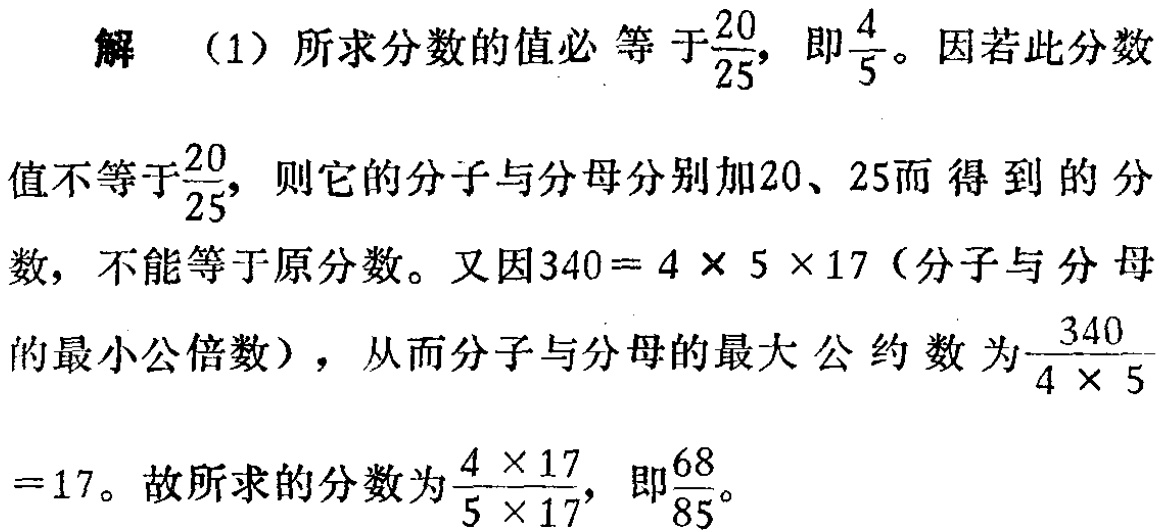
解 （1）所求分数的值必等于$\frac{20}{25}$，即$\frac{4}{5}$。因若此分数值不等于$\frac{20}{25}$，则它的分子与分母分别加$20$、$25$而得到的分数，不能等于原分数。又因$340 = 4\times5\times17$（分子与分母的最小公倍数），从而分子与分母的最大公约数为$\frac{340}{4\times5}=17$。故所求的分数为$\frac{4\times17}{5\times17}$，即$\frac{68}{85}$。